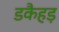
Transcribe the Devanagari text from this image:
डकैहड़